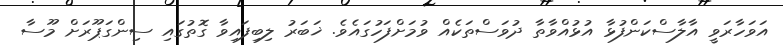
އަވަހާރަވީ އާލާސްކަންފުޅާ އުޅުއްވާތާ ދުވަސްތަކެއް ވުމަށްފަހުގައެވެ. ޚަބަރު ލިބިފައިވާ ގޮތުގައި ސިންގަޕޫރަށް މޫސާ